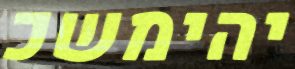
יהימשכ